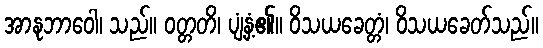
အာနုဘာဝေါ၊ သည်။ ဝတ္တတိ၊ ပျံ့နှံ့၏။ ဝိသယခေတ္တံ၊ ဝိသယခေတ်သည်။